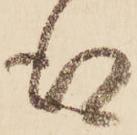
得